Sketch of the medical history of the native army of Bombay, for the year
Year: 1875
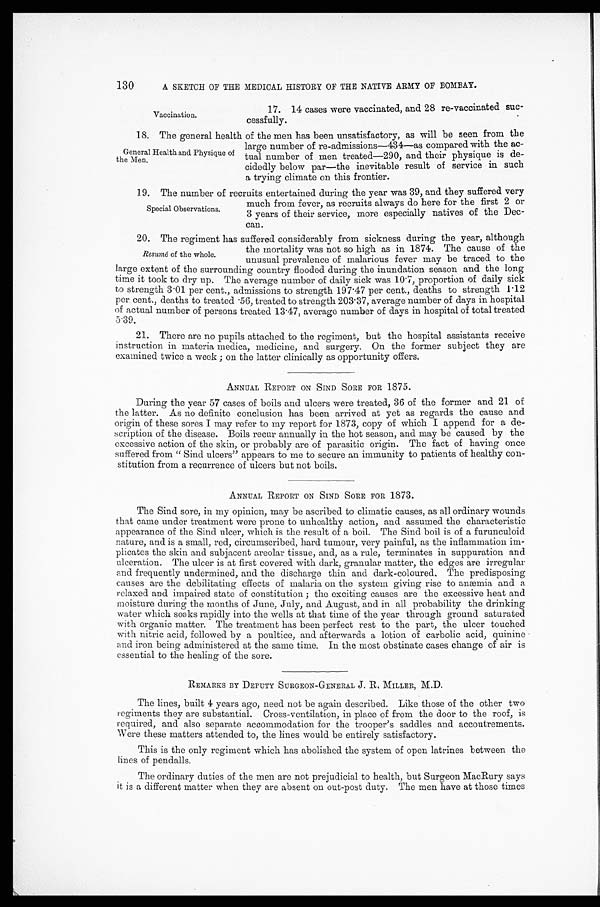
130
A SKETCH OF THE MEDICAL HISTORY OF THE NATIVE ARMY OF BOMBAY.
Vaccination.
17. 14 cases were vaccinated, and 28 re-vaccinated suc-
cessfully.
18. The general health of the men has been unsatisfactory, as will be seen from the
large number of re-admissions—434—as compared with the ac-
tual number of men treated-290, and their physique is de-
cidedly below par—the inevitable result of service in such
a trying climate on this frontier.
19. The number of recruits entertained during the year was 39, and they suffered very
General Health and Physique of
the Men.
Special Observations.
much from fever, as recruits always do here for the first 2 or
3 years of their service, more especially natives of the Dec-
can.
20. The regiment has suffered considerably from sickness during the year, although
the mortality was not so high as in 1874. The cause of the
unusual prevalence of malarious fever may be traced to the
large extent of the surrounding country flooded during the inundation season and the long
i
time it took to dry up. The average number of daily sick was 10 . 7, proportion of daily sick
to strength 3·01 per cent., admissions to strength 197˙47 per cent., deaths to strength 1˙1 2
per cent., deaths to treated 5 6 , t r e a t e d t o s t r e n g t h 2 0 3.
3 7 , a v e r a g e n u m b e r o f d a y s i n h o s p i t a l
of actual number of persons treated 13 . 47, average number of days in hospital of total treated
5.39.
21. There are no pupils attached to the regiment, but the hospital assistants receive
instruction in materia medica, medicine, and surgery. On the former subject they are
examined twice a week ; on the latter clinically as opportunity offers.
ANNUAL REPORT ON SIND SORE FOR 1875.
During the year 57 cases of boils and ulcers were treated, 36 of the former and 21 of
the latter. As no definite conclusion has been arrived at yet as regards the cause and
origin of these sores I may refer to my report for 1873, copy of which I append for a de-
scription of the disease. Boils recur annually in the hot season, and may be caused by the
excessive action of the skin, or probably are of parasitic origin. The fact of having once
suffered from " Sind ulcers" appears to me to secure an immunity to patients of healthy con-
stitution from a recurrence of ulcers but not boils.
ANNUAL REPORT ON SIND SORE FOR 1873.
The Sind sore, in my opinion, may be ascribed to climatic causes, as all ordinary wounds
that came under treatment were prone to unhealthy action, and assumed the characteristic
appearance of the Sind ulcer, which is the result of a boil. The Sind boil is of a furunculoid
nature, and is a small, red, circumscribed, hard tumour, very painful, as the inflammation im-
plicates the skin and subjacent areolar tissue, and, as a rule, terminates in suppuration and
ulceration. The ulcer is at first covered with dark, granular matter, the edges are irregular
and frequently undermined, and the discharge thin and dark-coloured. The predisposing
causes are the debilitating effects of malaria on the system giving rise to anæmia and a
relaxed and impaired state of constitution ; the exciting causes are the excessive heat and
moisture during the months of June, July, and August, and in all probability the drinking
water which soaks rapidly into the wells at that time of the year through ground saturated
with organic matter. The treatment has been perfect rest to the part, the ulcer touched
with nitric acid, followed by a poultice, and afterwards a lotion of carbolic acid, quinine
and iron being administered at the same time. In the most obstinate cases change of air is
essential to the healing of the sore.
REMARKS BY DEPUTY SURGEON-GENERAL J. R. MILLER, M.D.
The lines, built 4 years ago, need not be again described. Like those of the other two
regiments they are substantial. Cross-ventilation, in place of from the door to the roof, is
required, and also separate accommodation for the trooper's saddles and accoutrements.
Were these matters attended to, the lines would be entirely satisfactory.
This is the only regiment which has abolished the system of open latrines between the
lines of pendalls.
The ordinary duties of the men are not prejudicial to health, but Surgeon MacRury says
it is a different matter when they are absent on out-post duty. The men have at those times
Resumé of the whole.